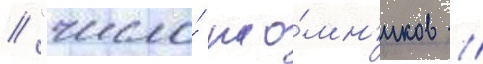
// "число́ нао́мн'иков /